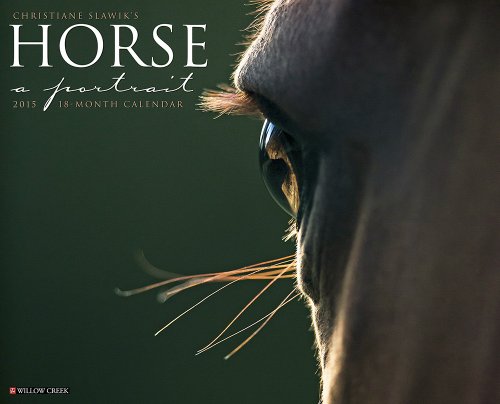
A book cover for Horse: A Portrait 2015 Wall Calendar; Willow Creek Press; Calendars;